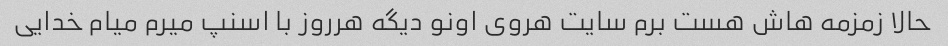
حالا زمزمه هاش هست برم سایت هروی اونو دیگه هرروز با اسنپ میرم میام خدایی